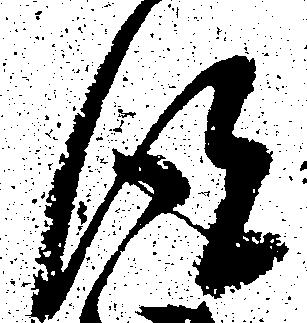
得